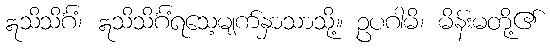
ဣသိသိင်္ဂံ၊ ဣသိသိင်္ဂံရသေ့မျက်နှာသာသို့။ ဥပဂါမိ၊ မိန်းမတို့၏